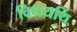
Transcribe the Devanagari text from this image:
विधयर्थि